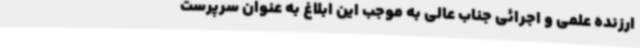
ارزنده علمی و اجرائی جناب عالی به موجب این ابلاغ به عنوان سرپرست